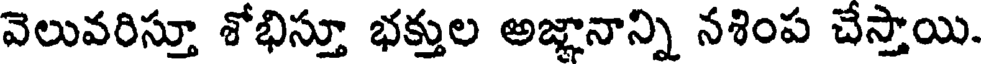
వెలువరిస్తూ శోభిస్తూ భక్తుల అజ్ఞానాన్ని నశింప చేస్తాయి.